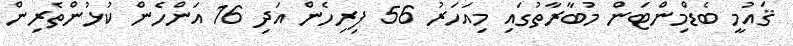
ޤައުމީ ބެޑްމިންޓަން މުބާރާތުގައި މިއަހަރު 56 ފިރިހެން އަދި 16 އަންހެން ކުޅުންތެރިން